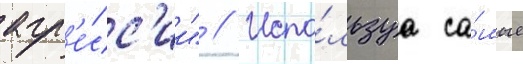
агр'е́сс'ии" // Испо́льзуа са́мые